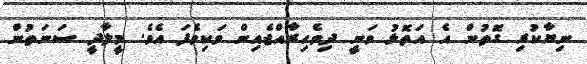
ނިޔާކުރި ގޮތުން އެ އަތޮޅު ވަނީ ދިވެހިރާއްޖެއިން ވަކިވެފަ އެވެ. މީލާދީ ސަނަތުން